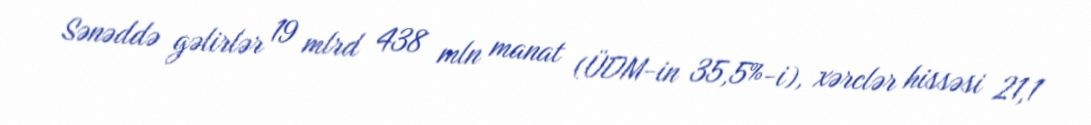
Sənəddə gəlirlər 19 mlrd 438 mln manat (ÜDM-in 35,5%-i), xərclər hissəsi 21,1